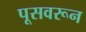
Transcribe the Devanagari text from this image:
पूसवरून